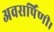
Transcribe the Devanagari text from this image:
अवसर्पिणी।